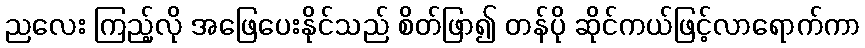
ညလေး ကြည့်လို အဖြေပေးနိုင်သည် စိတ်ဖြာ၍ တန်ပို ဆိုင်ကယ်ဖြင့်လာရောက်ကာ